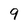
Character: 9